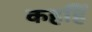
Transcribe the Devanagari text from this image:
कहहिं